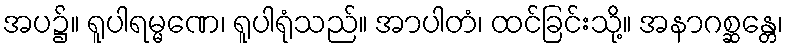
အပ၌။ ရူပါရမ္မဏေ၊ ရူပါရုံသည်။ အာပါတံ၊ ထင်ခြင်းသို့။ အနာဂစ္ဆန္တေ၊